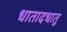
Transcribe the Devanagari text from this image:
धातादधातु